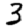
Digit: 3